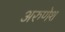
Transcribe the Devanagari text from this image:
अरुणेश